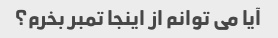
آیا می توانم از اینجا تمبر بخرم؟